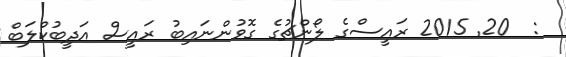
:  20